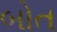
બોત